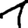
Digit: 1